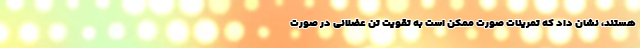
هستند، نشان داد که تمرینات صورت ممکن است به تقویت تن عضلانی در صورت